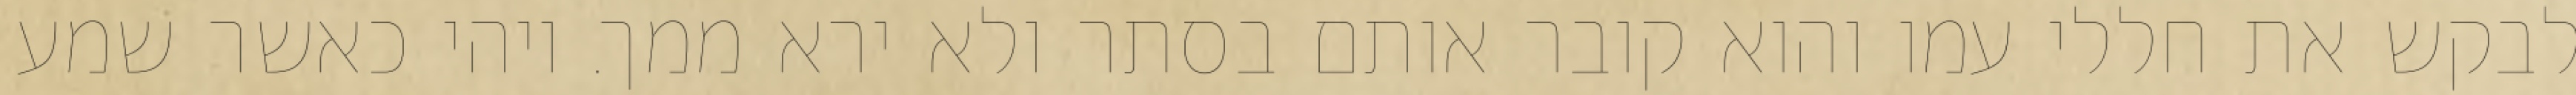
לבקש את חללי עמו והוא קובר אותם בסתר ולא ירא ממך. ויהי כאשר שמע